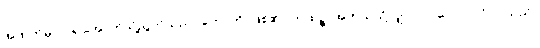
အထက်မှလာ၍အောက်သို့ညွတ်သည်။ ဟောတိ၊ ဖြစ်၏။ ကထဉ္စ၊ အဘယ်သို့လျှင်။ ပုဂ္ဂလော၊ ပုဂ္ဂိုလ်သည်။